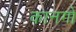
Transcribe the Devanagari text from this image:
कानगो